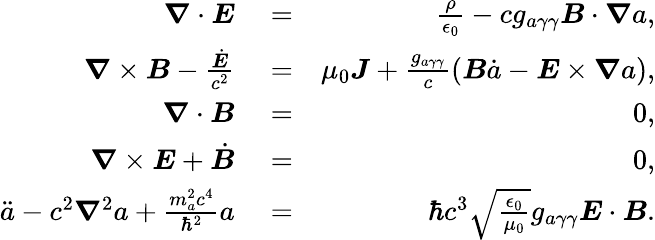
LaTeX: \begin{array}{rlr}{\boldsymbol\nabla\cdot\boldsymbol E}&{{}=}&{\frac{\rho}{\epsilon_{0}}-cg_{a\gamma\gamma}\boldsymbol B\cdot\boldsymbol\nabla a,}\\ {\boldsymbol\nabla\times\boldsymbol B-\frac{\dot{\boldsymbol E}}{c^{2}}}&{{}=}&{\mu_{0}\boldsymbol J+\frac{g_{a\gamma\gamma}}{c}\left(\boldsymbol B\dot{a}-\boldsymbol E\times\boldsymbol\nabla a\right),}\\ {\boldsymbol\nabla\cdot\boldsymbol B}&{{}=}&{0,}\\ {\boldsymbol\nabla\times\boldsymbol E+\dot{\boldsymbol B}}&{{}=}&{0,}\\ {\ddot{a}-c^{2}\boldsymbol\nabla^{2}a+\frac{m_{a}^{2}c^{4}}{\hbar^{2}}a}&{{}=}&{\hbar c^{3}\sqrt{\frac{\epsilon_{0}}{\mu_{0}}}g_{a\gamma\gamma}\boldsymbol E\cdot\boldsymbol B.}\end{array}